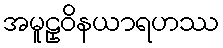
အမူဠှဝိနယာရဟဿ